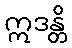
ဣဒန္တိ